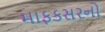
માફકસરનો